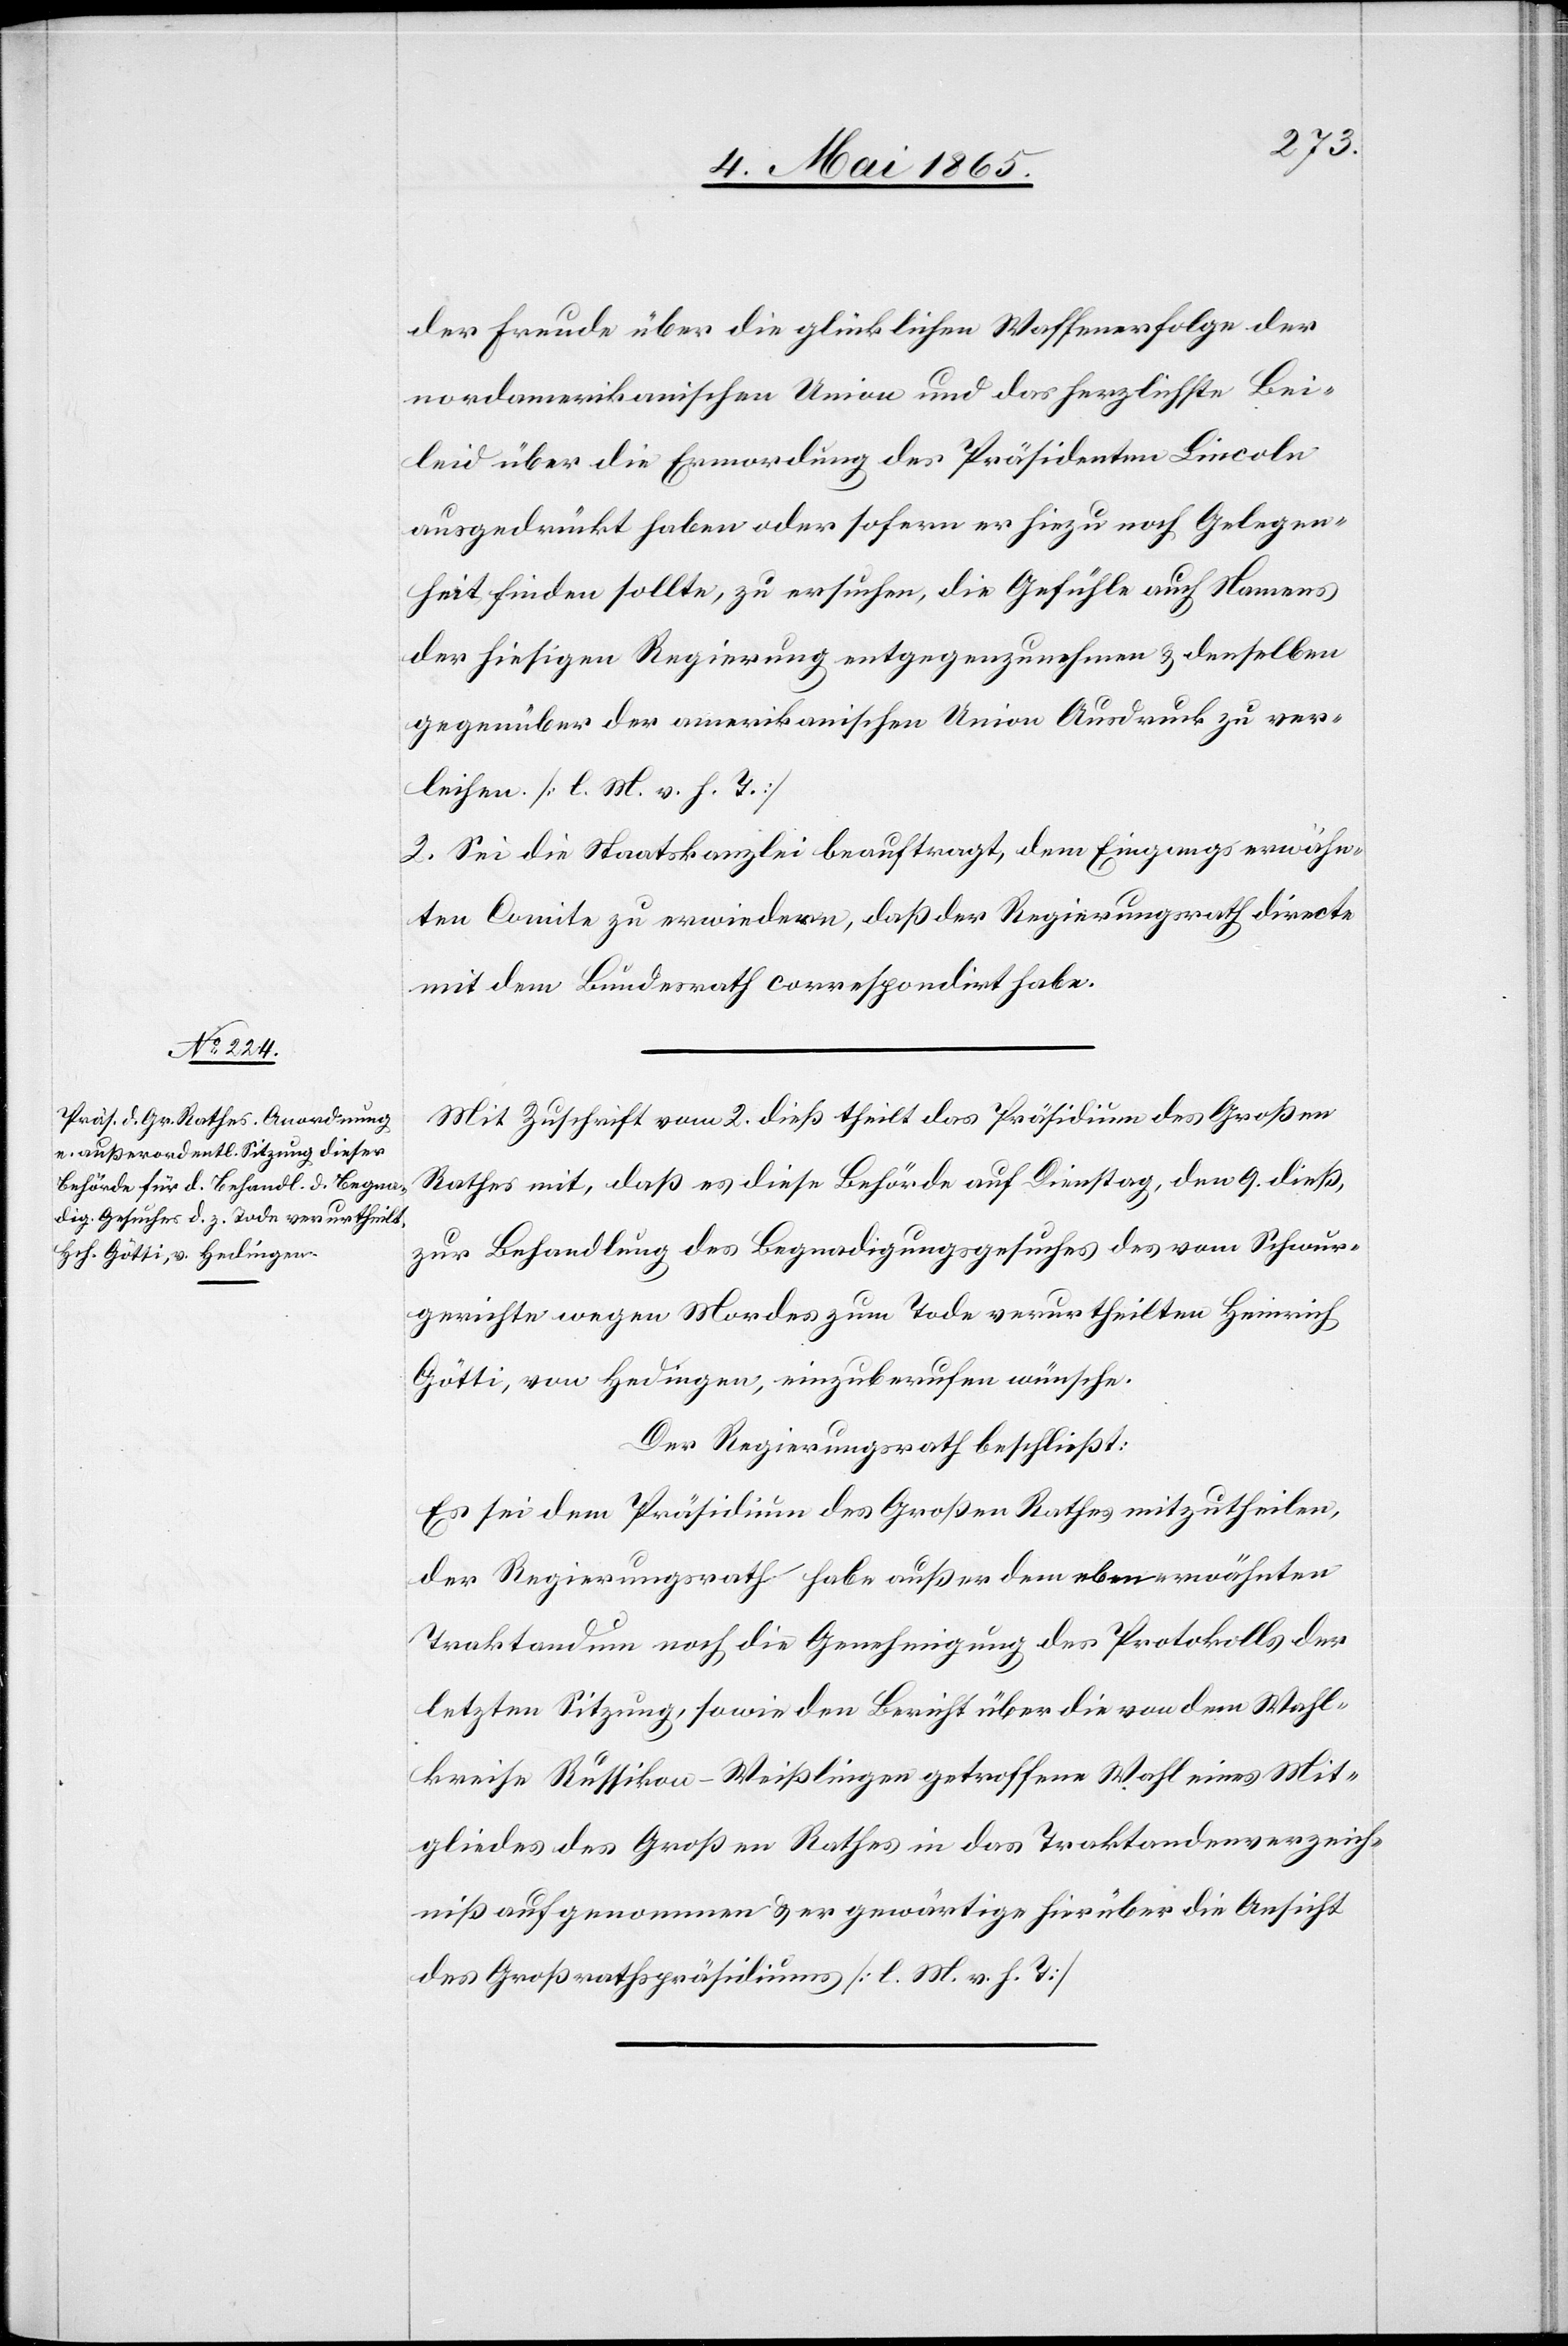
der Freude über die glücklichen Waffenerfolge der
nordamerikanischen Union und das herzlichste Bei¬
leid über die Ermordung des Präsidenten Lincoln
ausgedrückt haben oder sofern er hiezu noch Gelegen¬
heit finden sollte, zu ersuchen, die Gefühle auch Namens
der hiesigen Regierung entgegenzunehmen & denselben
gegenüber der amerikanischen Union Ausdruck zu ver¬
leihen. [l. M. v. h. T.]
2. Sei die Staatskanzlei beauftragt, dem Eingangs erwähn¬
ten Comite zu erwiedern, daß der Regierungsrath directe
mit dem Bundesrath correspondirt habe.
Mit Zuschrift vom 2. dieß theilt das Präsidium des Großen
Rathes mit, daß es diese Behörde auf Dienstag, den 9. dieß,
zur Behandlung des Begnadigungsgesuches des vom Schwur¬
gerichte wegen Mordes zum Tode verurtheilten Heinrich
Götti, von Hedingen, einzuberufen wünsche.
Der Regierungsrath beschließt:
Es sei dem Präsidium des Großen Rathes mitzutheilen,
der Regierungsrath habe außer dem ebenerwähnten
Traktandum noch die Genehmigung des Protokolls der
letzten Sitzung, sowie den Bericht über die von dem Wahl¬
kreise Russikon-Weißlingen getroffene Wahl eines Mit¬
gliedes des Großen Rathes in das Traktandenverzeich¬
niß aufgenommen & er gewärtige hierüber die Ansicht
des Großrathspräsidiums [l. M. v. h. T][.]